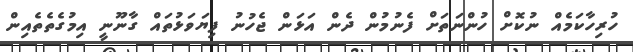
ހުރިހާކަމެއް ނުކޮށް ހުންނަތަށް ފެނުމުން ދެން އަޅަން ޖެހުނު ފިޔަވަޅުތައް ގާނޫނީ އިމުގެތެތެއިން